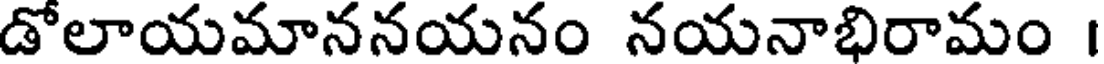
డోలాయమాననయనం నయనాభిరామం